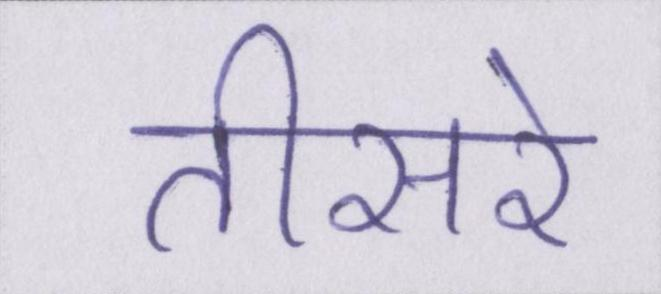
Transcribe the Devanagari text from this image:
तीसरे